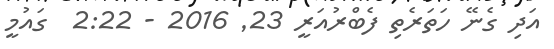
އަދި ގެނޭ ހަތަރެތި ފެބްރުއަރީ 23